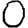
Digit: 0